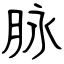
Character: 脉